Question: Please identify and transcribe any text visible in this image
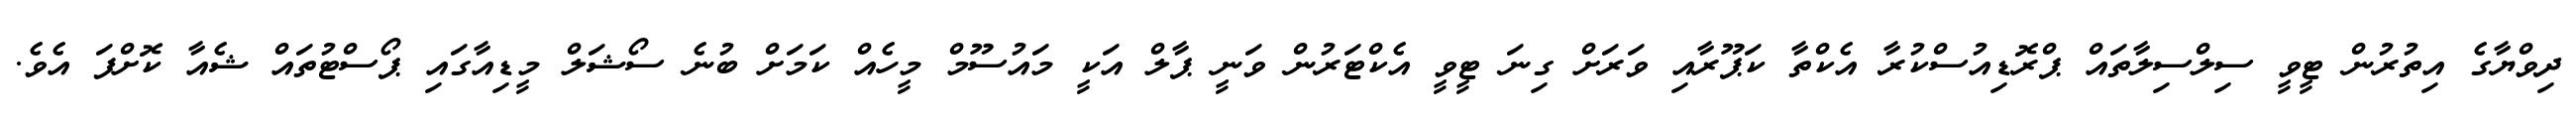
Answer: ދިވްޔާގެ އިތުރުން ޓީވީ ސިލްސިލާތައް ޕްރޮޑިއުސްކުރާ އެކްތާ ކަޕޫރާއި ވަރަށް ގިނަ ޓީވީ އެކްޓަރުން ވަނީ ޕާލް އަކީ މައުސޫމް މީހެއް ކަމަށް ބުނެ ސޯޝަލް މީޑިއާގައި ޕޯސްޓުތައް ޝެއާ ކޮށްފަ އެވެ.